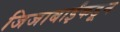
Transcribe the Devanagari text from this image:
जिजाबाईंकडून